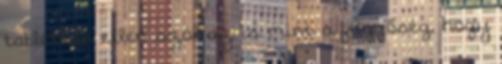
tabletták ellen szól az is mint a függőség, hogy